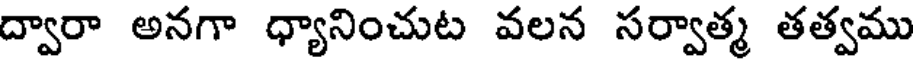
ద్వారా అనగా ధ్యానించుట వలన సర్వాత్మ తత్వము